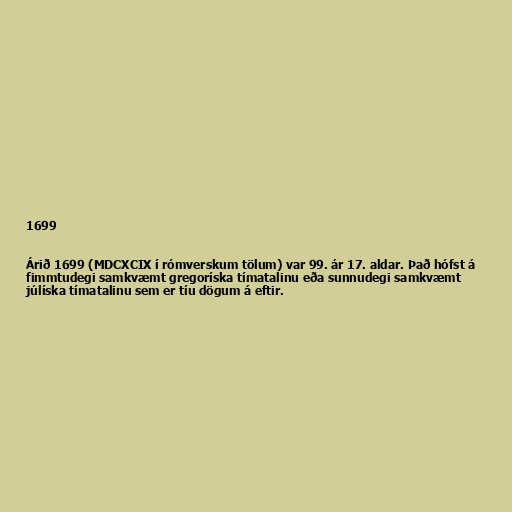
1699

Árið 1699 (MDCXCIX í rómverskum tölum) var 99. ár 17. aldar. Það hófst á
fimmtudegi samkvæmt gregoríska tímatalinu eða sunnudegi samkvæmt
júlíska tímatalinu sem er tíu dögum á eftir.